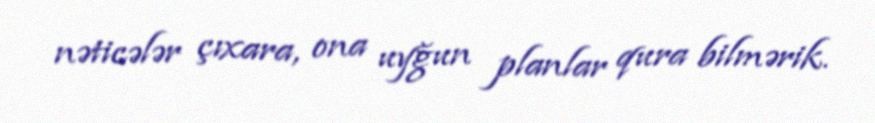
nəticələr çıxara, ona uyğun planlar qura bilmərik.